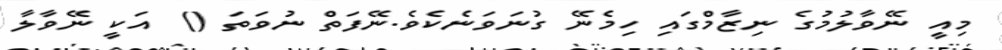
މިއީ ނޭވާލުމުގެ ނިޒާމްގައި ހިމެނޭ ގުނަވަނެކެވެ.ނޭފަތް ނުވަތަ ()  އަކީ ނޭވާލާ